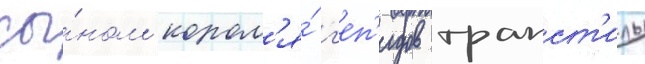
сы́ном корол'я́ г'еп'идов трапст'илы